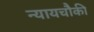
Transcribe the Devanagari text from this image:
न्यायचौकी